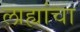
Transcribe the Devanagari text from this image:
लाह्यांचा